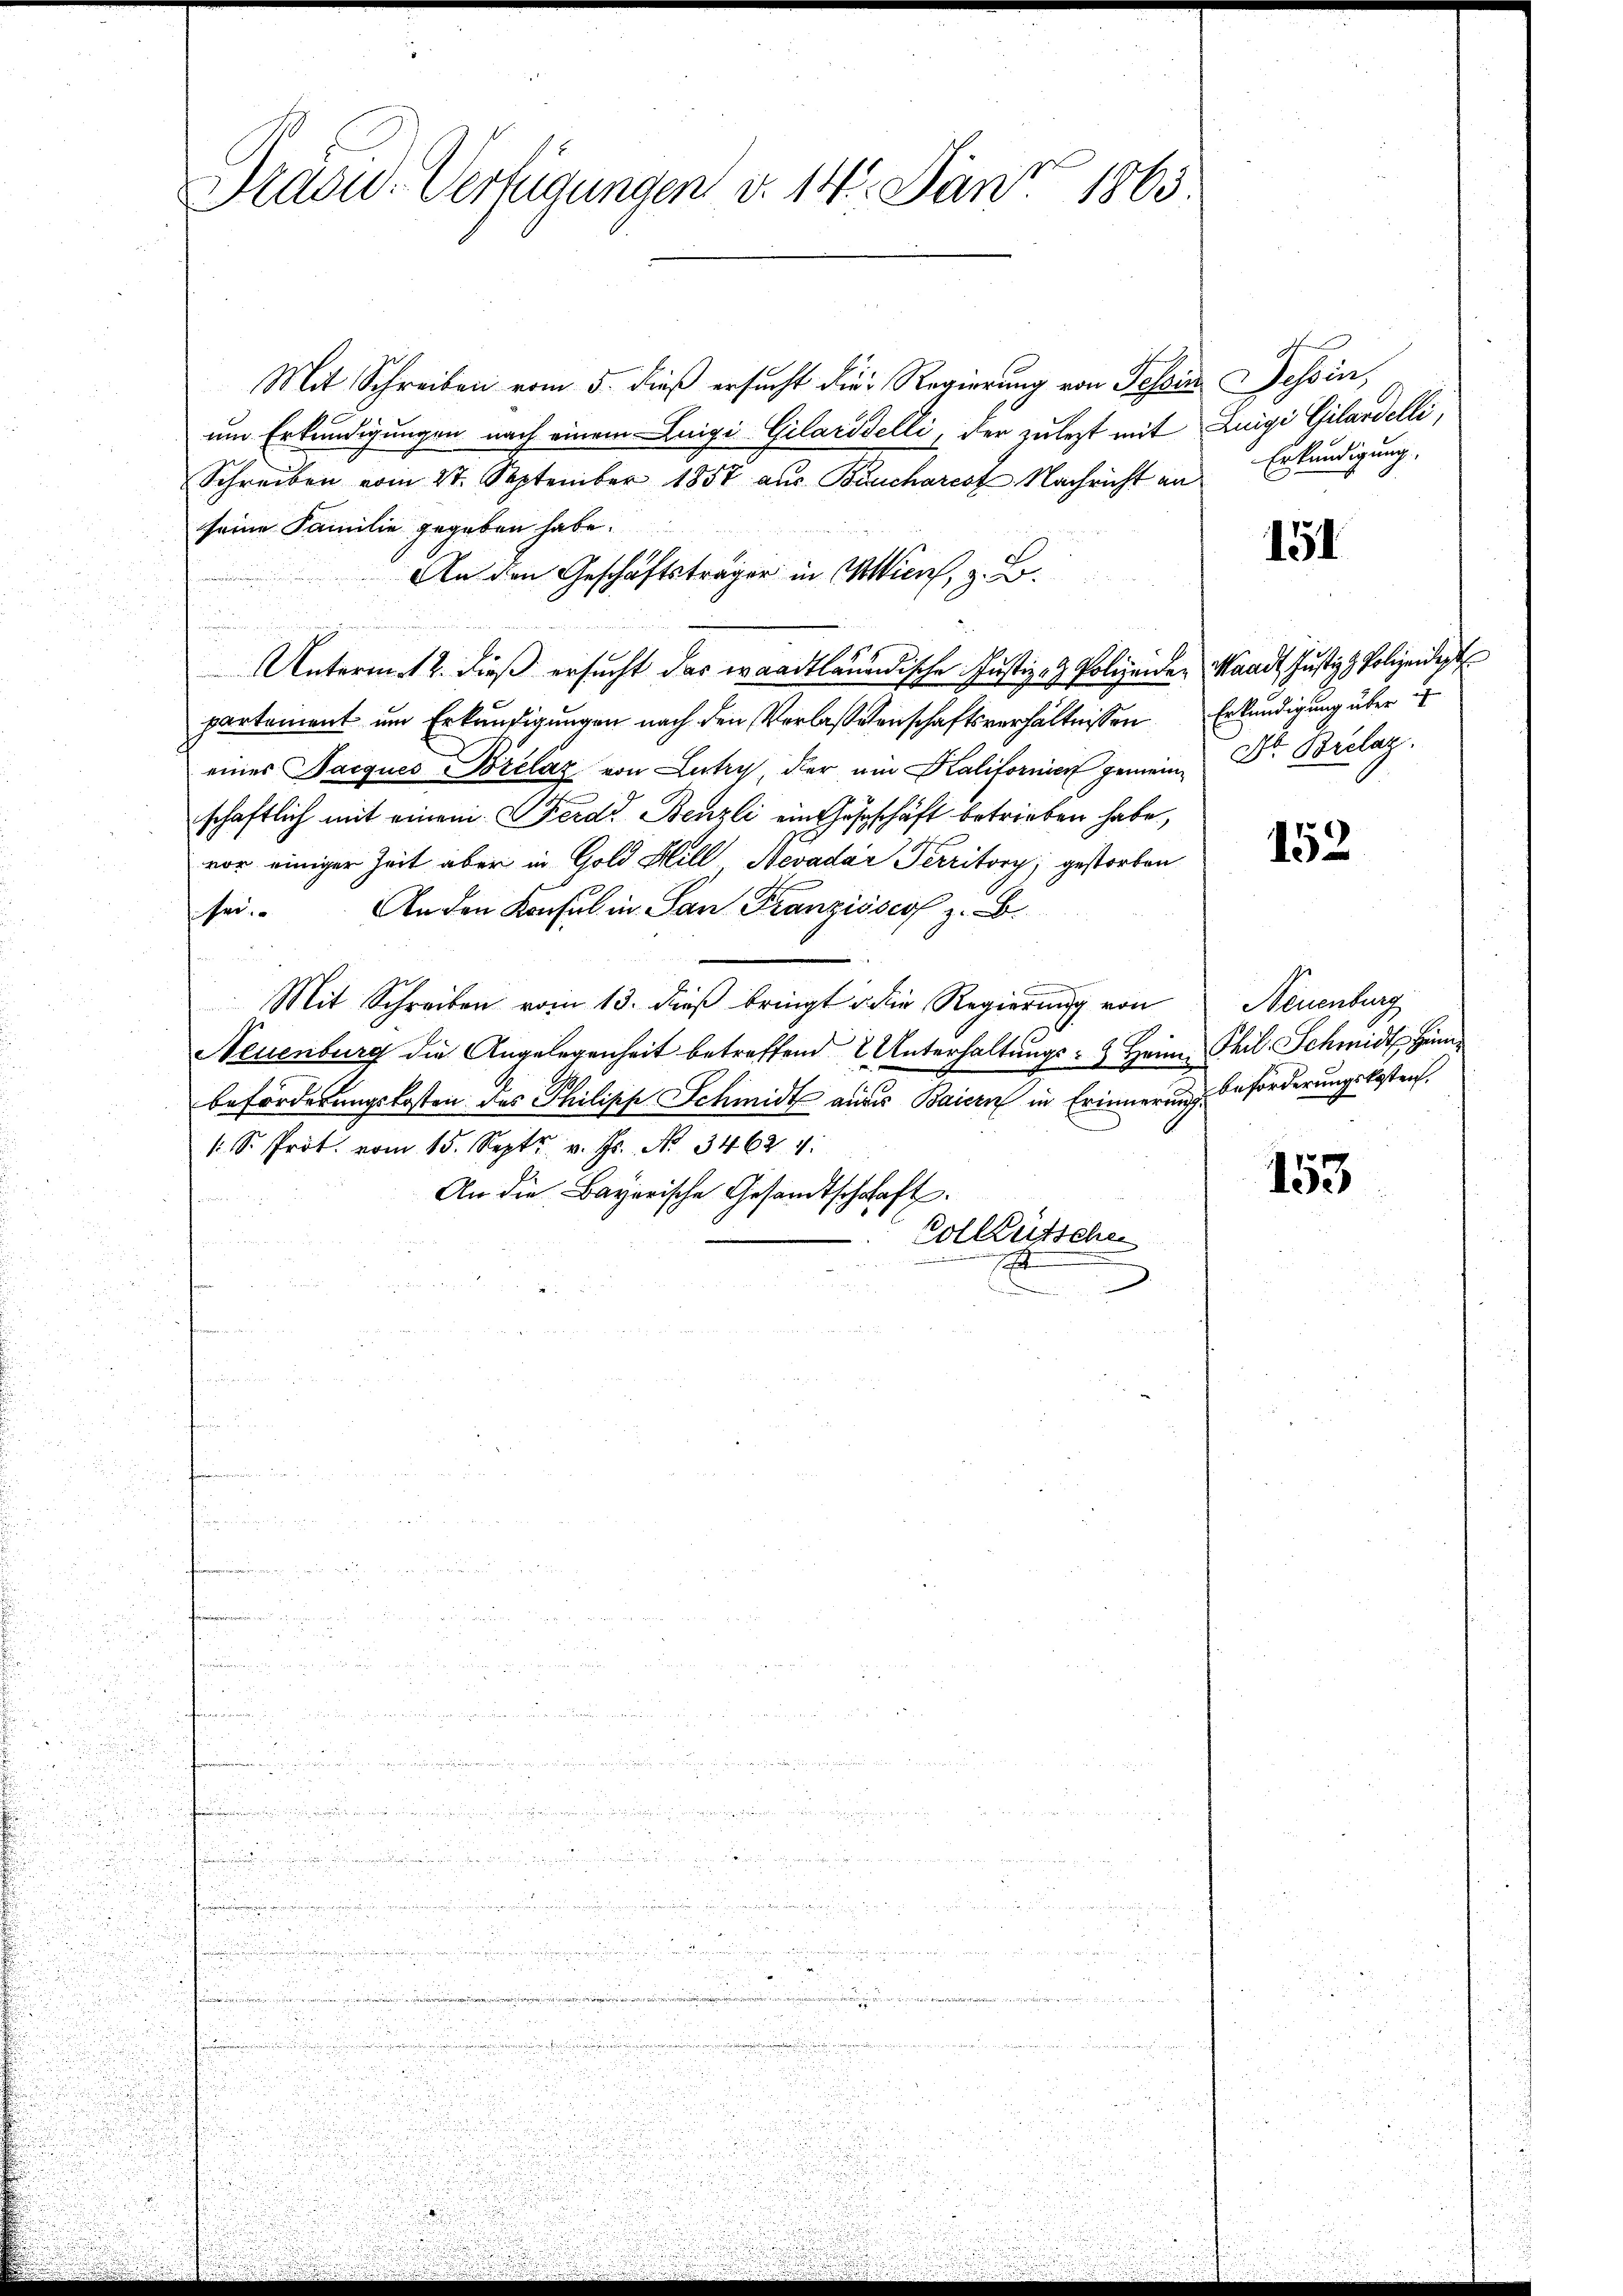
Präsid. Verfügungen v. 14. Janr. 1863.

Mit Schreiben vom 5. dieß ersucht die Regierung von Tessin Tessin,
um Erkundigungen nach einem Luigi-Gilaridelli, der zulezt mit Luigi Gilardelli,
Schreiben vom 21. September 1857 aus Bruchares Nachricht an
seine Familie gegeben habe.
An den Geschäftsträger in Milien, z. B.
Unterm 12. dieß ersucht das waadtländische Justiz- & Polizeiden Waadt Justiz Polizeidigt
partement um Erkundigungen nach den Verlaßesenschaftsverhältnissen Erkundigung über
eines acques Brelaz von Lutry, der ein Kalifornier gemeine Dr. Borclag.
schaftlich mit einem Ferd. Benzli ein Gastschäft betrieben habe,
vor einiger Zeit aber in Gold Hill, Nevadar Perritory; gestorben
sei. Anden Konsul in San Franzisses z. B.
.
Mit Schreiben vom 13. dieß bringt die Regierung von Neuenburg
Neuenburg die Angelegenheit betreffend 2 Unterhaltŭngs- & Heim Thil. Schmidt He
beförderungskosten des Philische Schmidt auses Baiern in Erinnerung beförderungskosten,
S. Prot. vom 15. Sept v. Js. No. 34624.
An die Bayerische Gesandtschaft.

Volktütschen
 u

u
u

.

n

u
r

Erkundigung.

151

152

153